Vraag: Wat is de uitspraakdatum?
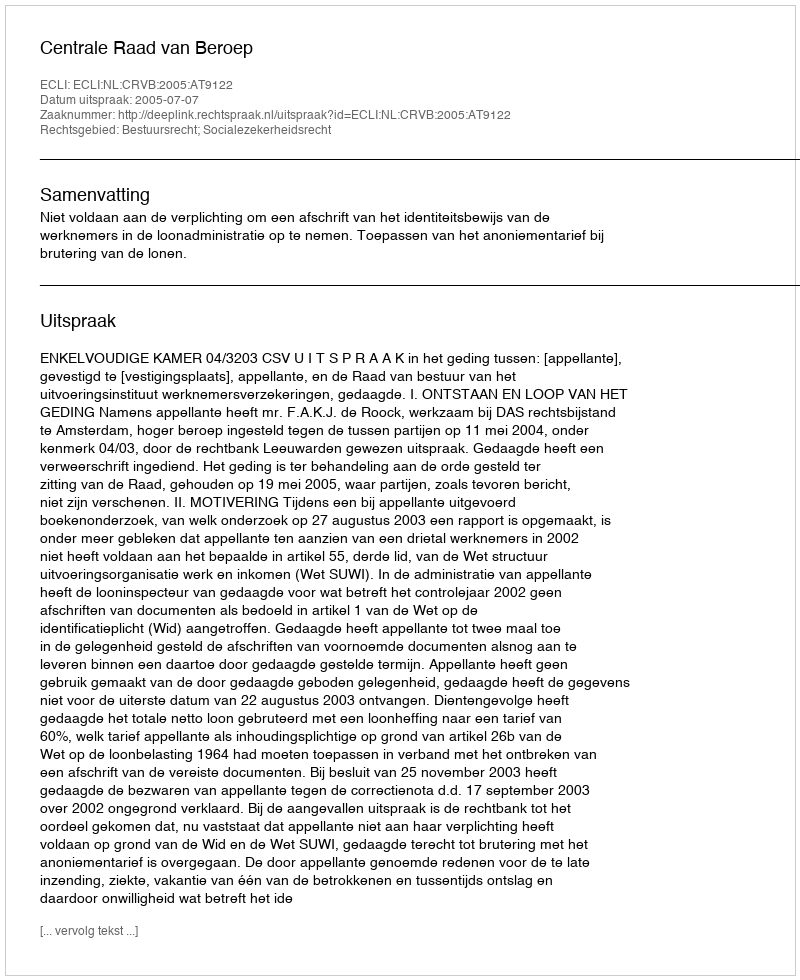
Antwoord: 2005-07-07